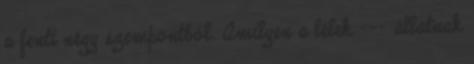
a fenti négy szempontból. Amilyen a lélek --- állatnak